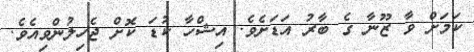
ކަމަށް ވާ ޒޫނާ ގެ ބާރު އަޑަށެވެ. އިޝްހާ ކުޑަ ކޮށް ޖެހިލުންވިއެވެ.